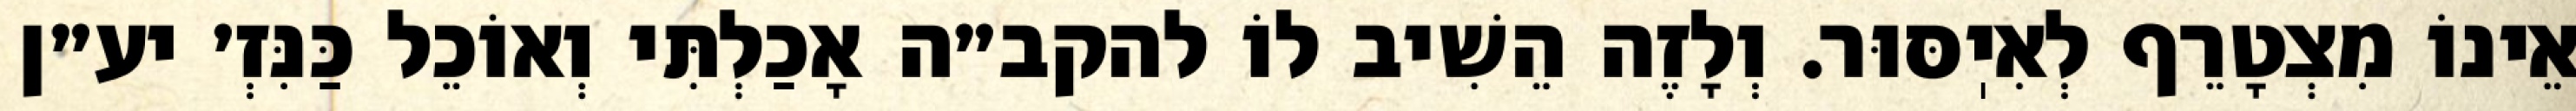
אֵינוֹ מִצְטָרֵף לְאִיֽסּוּר. וְלָזֶה הֵשִׁיב לוֹ להקב״ה אָכַלְתִּי וְאוֹכֵל כַּנִּזְ׳ יע״ן